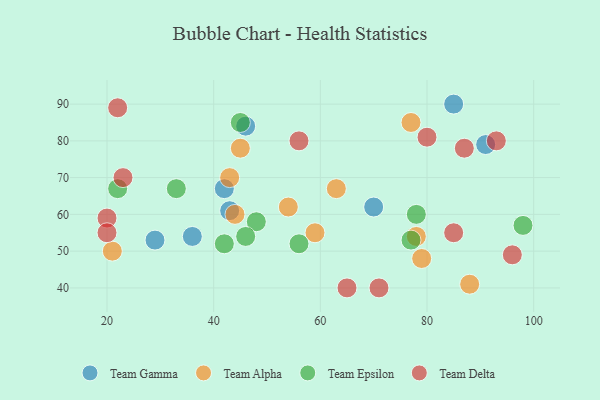
{"axis": {"x": "GDP", "y": "Life Expectancy"}, "legend": ["Team Alpha", "Team Delta", "Team Epsilon", "Team Gamma"], "data": [{"x": "85", "y": 90, "type": "Team Gamma"}, {"x": "36", "y": 54, "type": "Team Gamma"}, {"x": "91", "y": 79, "type": "Team Gamma"}, {"x": "46", "y": 84, "type": "Team Gamma"}, {"x": "43", "y": 61, "type": "Team Gamma"}, {"x": "42", "y": 67, "type": "Team Gamma"}, {"x": "70", "y": 62, "type": "Team Gamma"}, {"x": "29", "y": 53, "type": "Team Gamma"}, {"x": "54", "y": 62, "type": "Team Alpha"}, {"x": "88", "y": 41, "type": "Team Alpha"}, {"x": "79", "y": 48, "type": "Team Alpha"}, {"x": "78", "y": 54, "type": "Team Alpha"}, {"x": "21", "y": 50, "type": "Team Alpha"}, {"x": "43", "y": 70, "type": "Team Alpha"}, {"x": "63", "y": 67, "type": "Team Alpha"}, {"x": "59", "y": 55, "type": "Team Alpha"}, {"x": "44", "y": 60, "type": "Team Alpha"}, {"x": "45", "y": 78, "type": "Team Alpha"}, {"x": "77", "y": 85, "type": "Team Alpha"}, {"x": "56", "y": 52, "type": "Team Epsilon"}, {"x": "77", "y": 53, "type": "Team Epsilon"}, {"x": "33", "y": 67, "type": "Team Epsilon"}, {"x": "98", "y": 57, "type": "Team Epsilon"}, {"x": "48", "y": 58, "type": "Team Epsilon"}, {"x": "46", "y": 54, "type": "Team Epsilon"}, {"x": "78", "y": 60, "type": "Team Epsilon"}, {"x": "22", "y": 67, "type": "Team Epsilon"}, {"x": "45", "y": 85, "type": "Team Epsilon"}, {"x": "42", "y": 52, "type": "Team Epsilon"}, {"x": "65", "y": 40, "type": "Team Delta"}, {"x": "87", "y": 78, "type": "Team Delta"}, {"x": "23", "y": 70, "type": "Team Delta"}, {"x": "22", "y": 89, "type": "Team Delta"}, {"x": "80", "y": 81, "type": "Team Delta"}, {"x": "85", "y": 55, "type": "Team Delta"}, {"x": "96", "y": 49, "type": "Team Delta"}, {"x": "71", "y": 40, "type": "Team Delta"}, {"x": "20", "y": 59, "type": "Team Delta"}, {"x": "20", "y": 55, "type": "Team Delta"}, {"x": "56", "y": 80, "type": "Team Delta"}, {"x": "93", "y": 80, "type": "Team Delta"}]}